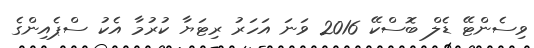
ވިސެންޓޭ ޑެލް ބޮސްކޭ 2016 ވަނަ އަހަރު ރިޓަޔާ ކުރުމާ އެކު ސްޕެއިންގެ